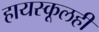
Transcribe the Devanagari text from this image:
हायस्कूलही